Annual statistical returns and brief notes on vaccination in Bengal - 1896-1909
Year: 1896
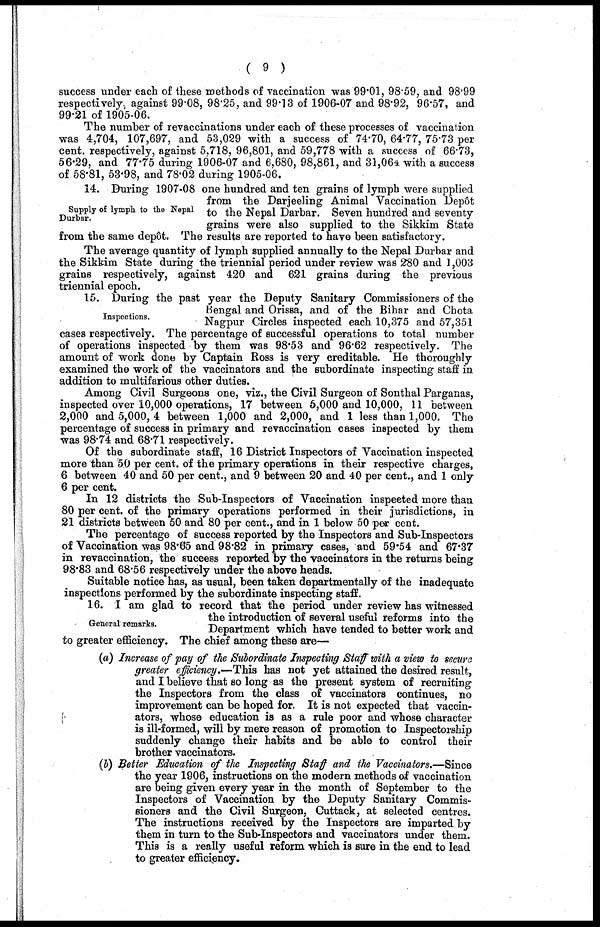
( 9 )
success under each of these methods of vaccination was 99.01, 98.59, and 98.99
respectively, against 99.08, 98.25, and 99.13 of 1906-07 and 98.92, 96.57, and
99.21 of 1905-06.
The number of revaccinations under each of these processes of vaccination
was 4,704, 107,697, and 53,029 with a success of 74.70, 64.77, 75.73 per
cent. respectively, against 5,718, 96,801, and 59,778 with a success of 66.73,
56.29, and 77.75 during 1906-07 and 6,680, 98,861, and 31,064 with a success
of 58.81, 53.98, and 78.02 during 1905-06.
Supply of lymph to the Nepal
Durbar.
14. During 1907-08 one hundred and ten grains of lymph were supplied
from the Darjeeling Animal Vaccination Depôt
to the Nepal Darbar. Seven hundred and seventy
grains were also supplied to the Sikkim State
from the same depôt. The results are reported to have been satisfactory.
The average quantity of lymph supplied annually to the Nepal Durbar and
the Sikkim State during the triennial period under review was 280 and 1,003
grains respectively, against 420 and 621 grains during the previous
triennial epoch.
Inspections.
15. During the past year the Deputy Sanitary Commissioners of the
Bengal and Orissa, and of the Bihar and Chota
Nagpur Circles inspected each 10,375 and 57,351
cases respectively. The percentage of successful operations to total number
of operations inspected by them was 98.53 and 96.62 respectively. The
amount of work done by Captain Ross is very creditable. He thoroughly
examined the work of the vaccinators and the subordinate inspecting staff in
addition to multifarious other duties.
Among Civil Surgeons one, viz., the Civil Surgeon of Sonthal Parganas,
inspected over 10,000 operations, 17 between 5,000 and 10,000, 11 between
2,000 and 5,000, 4 between 1,000 and 2,000, and 1 less than 1,000. The
percentage of success in primary and revaccination cases inspected by them
was 98.74 and 68.71 respectively.
Of the subordinate staff, 16 District Inspectors of Vaccination inspected
more than 50 per cent. of the primary operations in their respective charges,
6 between 40 and 50 per cent., and 9 between 20 and 40 per cent., and 1 only
6 per cent.
In 12 districts the Sub-Inspectors of Vaccination inspected more than
80 per cent. of the primary operations performed in their jurisdictions, in
21 districts between 50 and 80 per cent., and in 1 below 50 per cent.
The percentage of success reported by the Inspectors and Sub-Inspectors
of Vaccination was 98.65 and 98.82 in primary cases, and 59.54 and 67.37
in revaccination, the success reported by the vaccinators in the returns being
98.83 and 68.56 respectively under the above heads.
Suitable notice has, as usual, been taken departmentally of the inadequate
inspections performed by the subordinate inspecting staff.
General remarks.
16. I am glad to record that the period under review has witnessed
the introduction of several useful reforms into the
Department which have tended to better work and
to greater efficiency. The chief among these are—
(a) Increase of pay of the Subordinate Inspecting Staff with a view to secure
greater efficiency.—This has not yet attained the desired result,
and I believe that so long as the present system of recruiting
the Inspectors from the class of vaccinators continues, no
improvement can be hoped for. It is not expected that vaccin-
ators, whose education is as a rule poor and whose character
is ill-formed, will by mere reason of promotion to Inspectorship
suddenly change their habits and be able to control their
brother vaccinators.
(b) Better Education of the Inspecting Staff and the Vaccinators.—Since
the year 1906, instructions on the modern methods of vaccination
are being given every year in the month of September to the
Inspectors of Vaccination by the Deputy Sanitary Commis-
sioners and the Civil Surgeon, Cuttack, at selected centres.
The instructions received by the Inspectors are imparted by
them in turn to the Sub-Inspectors and vaccinators under them.
This is a really useful reform which is sure in the end to lead
to greater efficiency.